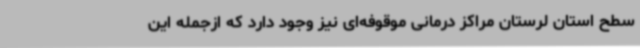
سطح استان لرستان مراکز درمانی موقوفه‌ای نیز وجود دارد که ازجمله این